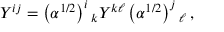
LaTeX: { \cal Y } ^ { i j } = \left( \alpha ^ { 1 / 2 } \right) ^ { i } { } _ { k } { \cal Y } ^ { k \ell } \left( \alpha ^ { 1 / 2 } \right) ^ { j } { } _ { \ell } \, ,